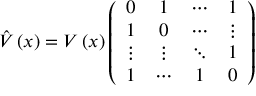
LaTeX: \hat { V } \left( x \right) = V \left( x \right) \left( \begin{array} { c c c c } { { 0 } } & { { 1 } } & { { \cdots } } & { { 1 } } \\ { { 1 } } & { { 0 } } & { { \cdots } } & { { \vdots } } \\ { { \vdots } } & { { \vdots } } & { { \ddots } } & { { 1 } } \\ { { 1 } } & { { \cdots } } & { { 1 } } & { { 0 } } \end{array} \right)